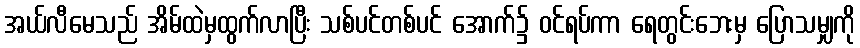
အယ်လီမေသည် အိမ်ထဲမှထွက်လာပြီး သစ်ပင်တစ်ပင် အောက်၌ ဝင်ရပ်ကာ ရေတွင်းဘေးမှ ပြောသမျှကို